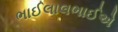
ભાઈલાલભાઈએ